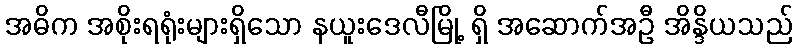
အဓိက အစိုးရရုံးများရှိသော နယူးဒေလီမြို့ ရှိ အဆောက်အဦ အိန္ဒိယသည်